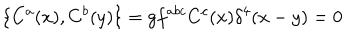
\{ C ^ { a } ( x ) , C ^ { b } ( y ) \} = g f ^ { a b c } C ^ { c } ( x ) \delta ^ { 4 } ( x - y ) = 0